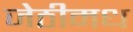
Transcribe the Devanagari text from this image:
जेठीमध